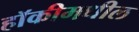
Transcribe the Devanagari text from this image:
हॉकीमधील